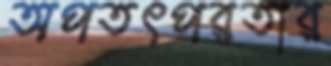
অপতৎপরতার